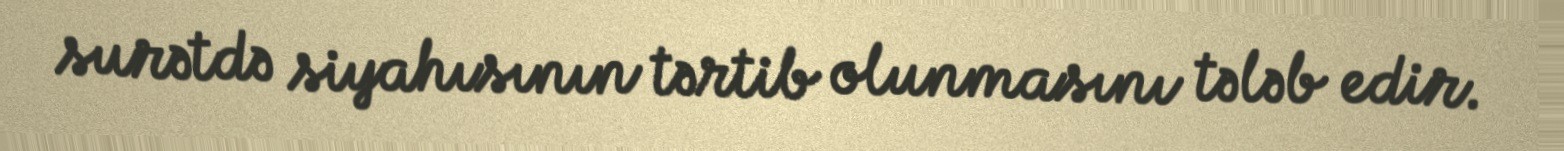
surətdə siyahısının tərtib olunmasını tələb edir.